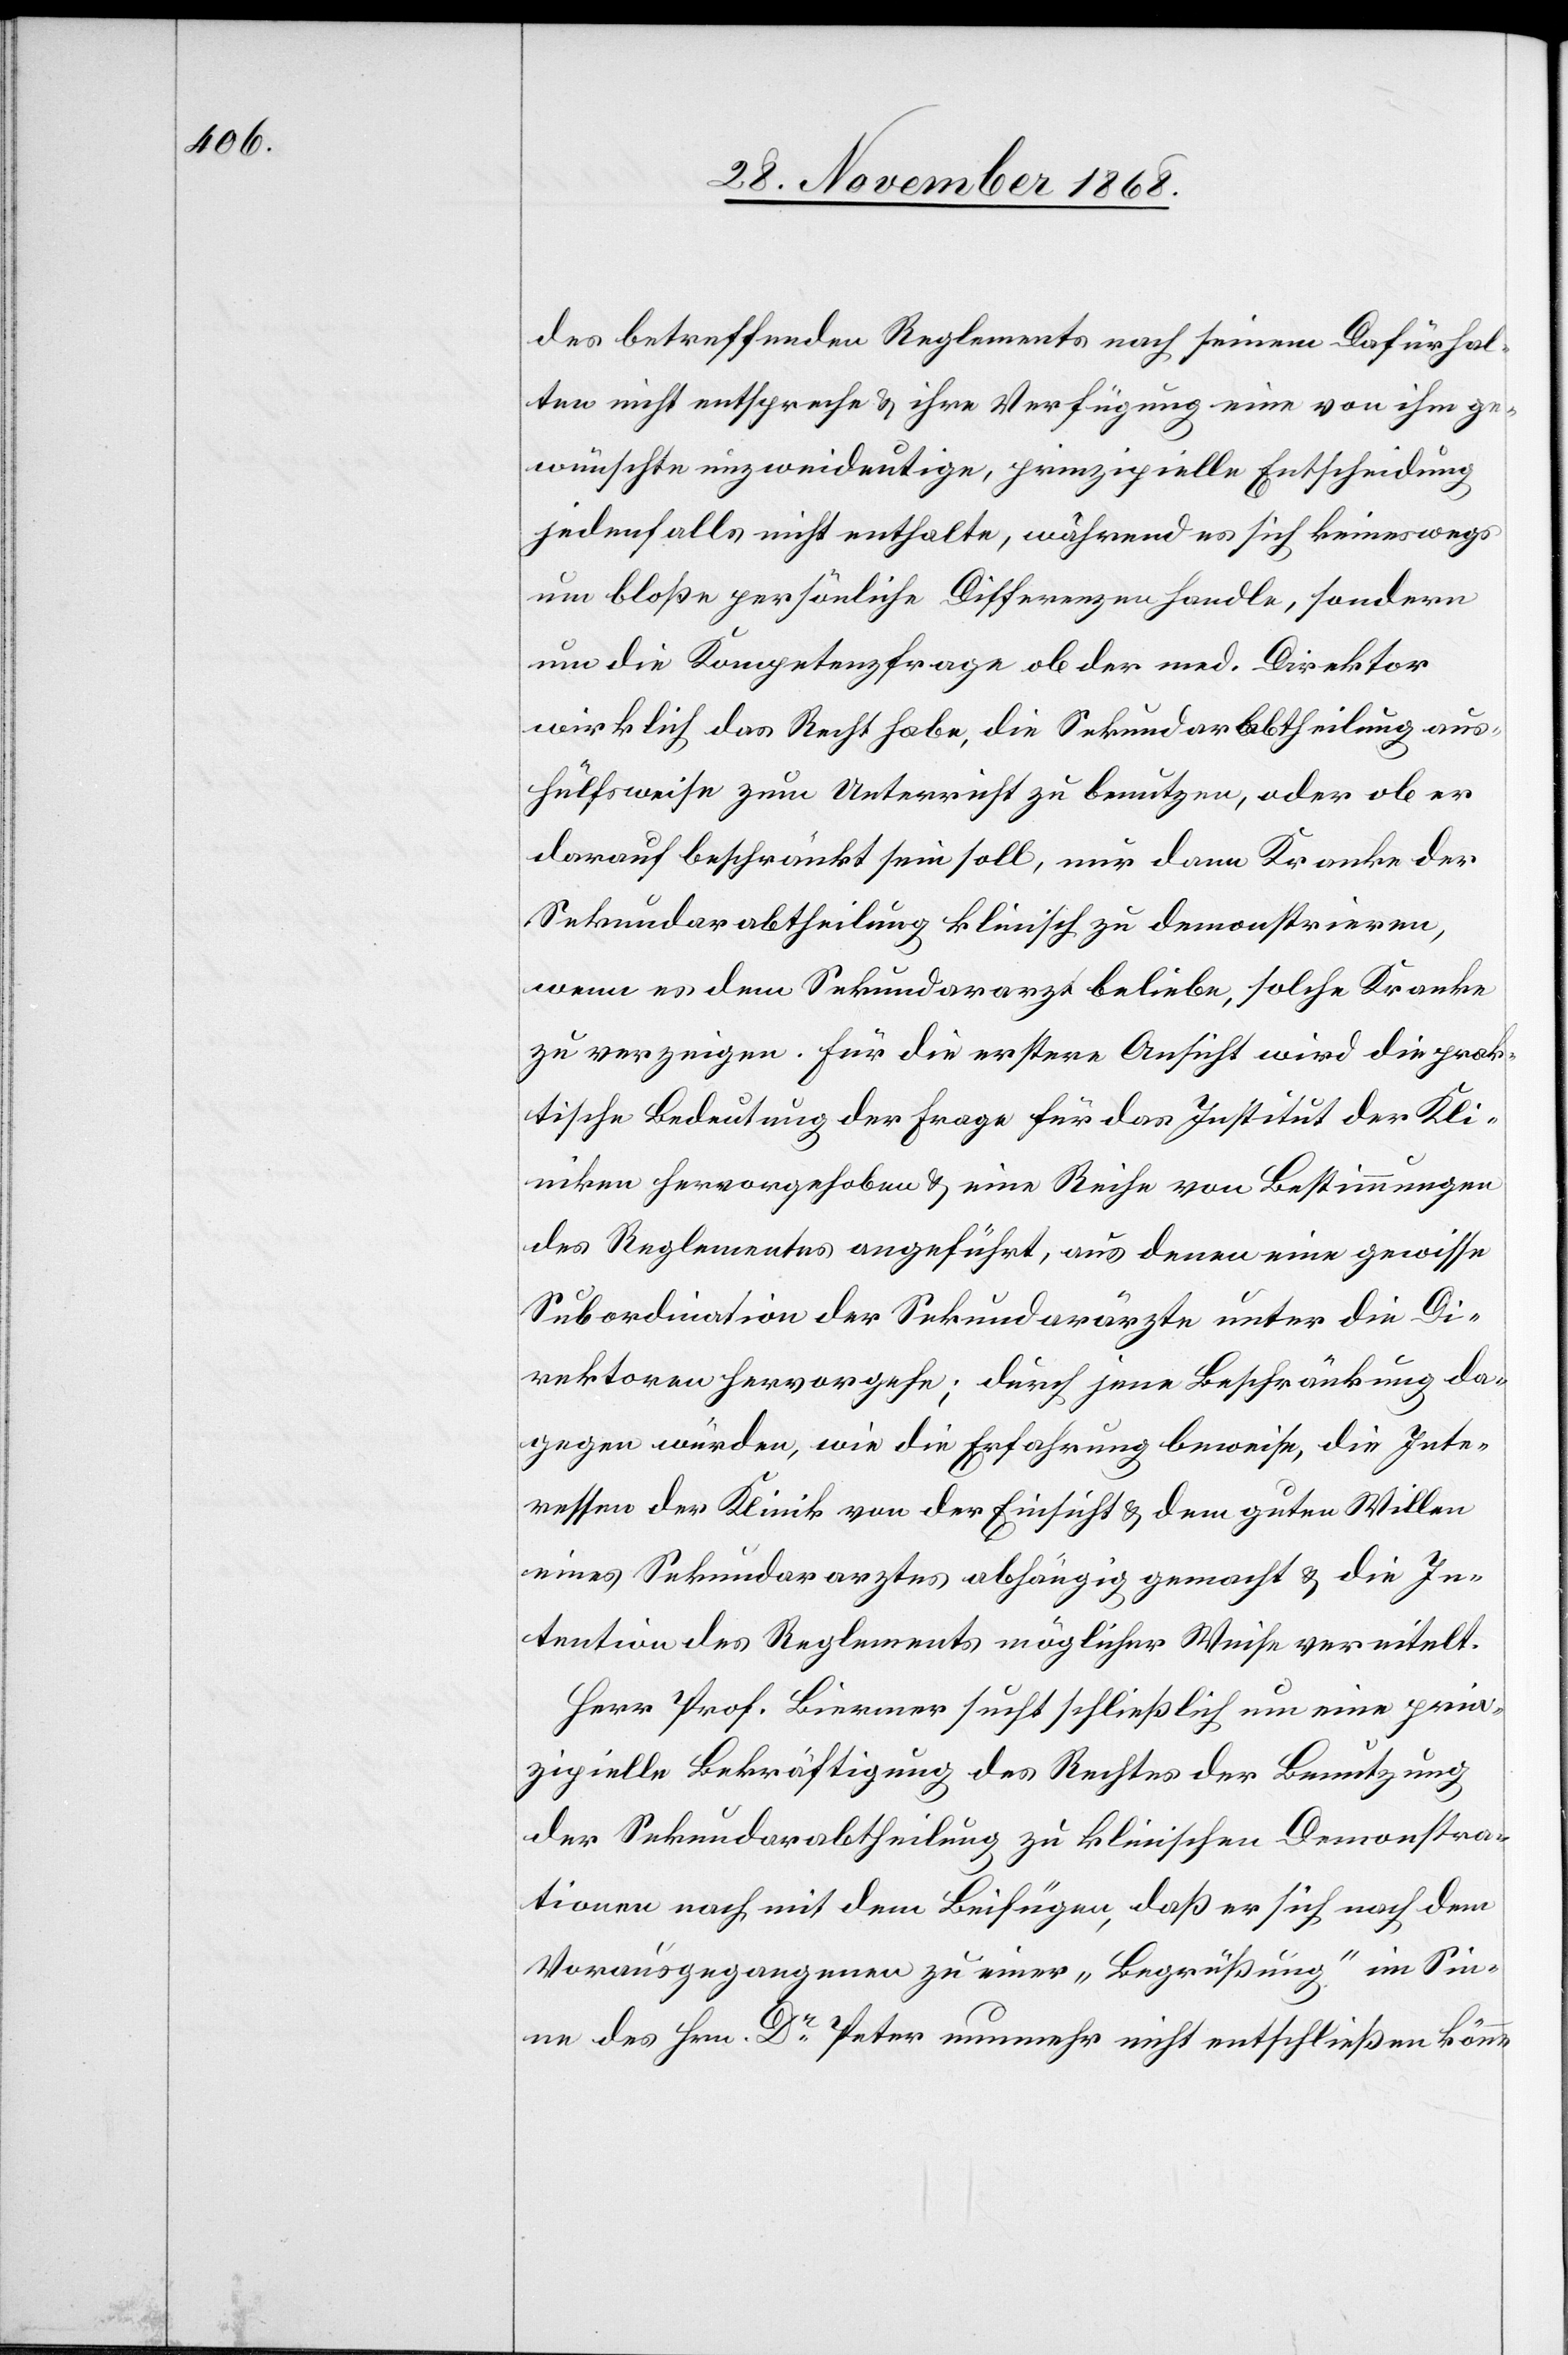
des betreffenden Reglements nach seinem Dafürhal¬
ten nicht entspreche & ihre Verfügung eine von ihm ge¬
wünschte unzweideutige, prinzipielle Entscheidung
jedenfalls nicht enthalte, während es sich keineswegs
um bloße persönliche Differenzen handle, sondern
um die Kompetenzfrage ob der med. Direktor
wirklich das Recht habe, die Sekundarabtheilung aus¬
hülfsweise zum Unterricht zu benutzen, oder ob er
darauf beschränkt sein soll, nur dann Kranke der
Sekundarabtheilung klinisch zu demonstrieren,
wenn es dem Sekundararzt beliebe, solche Kranke
zu verzeigen. Für die erstere Ansicht wird die prak¬
tische Bedeutung der Frage für das Institut der Kli¬
niken hervorgehoben & eine Reihe von Bestimmungen
des Reglementes angeführt, aus denen eine gewisse
Subordination der Sekundarärzte unter die Di¬
rektoren hervorgehe; durch jene Beschränkung da¬
gegen würden, wie die Erfahrung beweise, die Inte¬
ressen der Klinik von der Einsicht & dem guten Willen
eines Sekundararztes abhängig gemacht & die In¬
tention des Reglements möglicher Weise vereitelt.
Herr Prof. Biermer sucht schließlich um eine prin¬
zipielle Bekräftigung des Rechtes der Benutzung
der Sekundarabtheilung zu klinischen Demonstra¬
tionen nach mit dem Beifügen, daß er sich nach dem
Vorausgegangenen zu einer „Begrüßung“ im Sin¬
ne des Hrn. Dr Peter nunmehr nicht entschließen könne